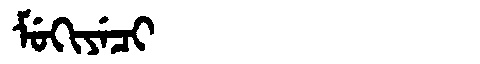
Manchu: ᠮᡠᡴᡳᠶᡝᠴᡳ
Romanization: MUKIYECI